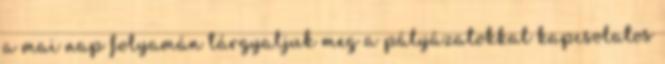
a mai nap folyamán tárgyaljuk meg a pályázatokkal kapcsolatos